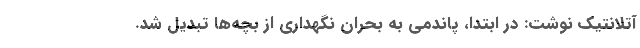
آتلانتیک نوشت: در ابتدا، پاندمی به بحران نگهداری از بچه‌ها تبدیل شد.